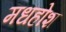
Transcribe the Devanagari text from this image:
मधहोश